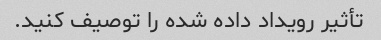
تأثیر رویداد داده شده را توصیف کنید.